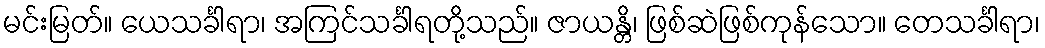
မင်းမြတ်။ ယေသင်္ခါရာ၊ အကြင်သင်္ခါရတို့သည်။ ဇာယန္တိ၊ ဖြစ်ဆဲဖြစ်ကုန်သော။ တေသင်္ခါရာ၊